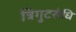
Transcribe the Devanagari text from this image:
त्रिगुटसंधि